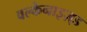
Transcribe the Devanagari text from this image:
वल्केनाइज़्ड